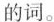
的词。